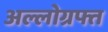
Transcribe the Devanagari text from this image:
अल्लोग्रफ्त